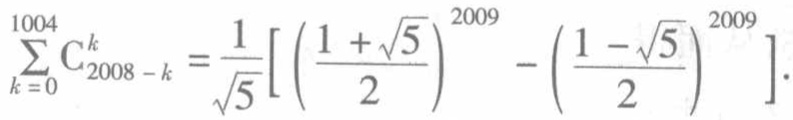
\(\sum_{k = 0}^{1004} \mathrm{C}_{2008 - k}^{k}=\frac{1}{\sqrt{5}}\left[\left(\frac{1 + \sqrt{5}}{2}\right)^{2009}-\left(\frac{1 - \sqrt{5}}{2}\right)^{2009}\right]\)